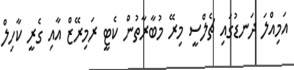
އަމިއްލަ ދަނޑުގައި ޗެލްސީ މިރޭ މުބާރާތުން ކެޓީ ރަމިރޭޒް އާއި ގެރީ ކާހިލް